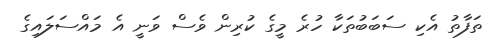
ތަފާތު އެކި ސަބަބުތަކާ ހުރެ މީގެ ކުރިން ވެސް ވަނީ އެ މައްސަލައިގެ